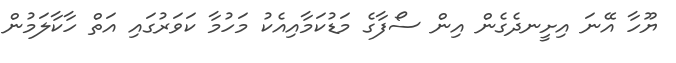
ޔޫހާ އޭނަ އިށީނދެގެން އިން ސޯފާގެ މަޑުކަމާއިއެކު މަހުމާ ކަވަރުގައި އަތް ހާކާލަމުން